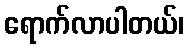
ရောက်လာပါတယ်၊